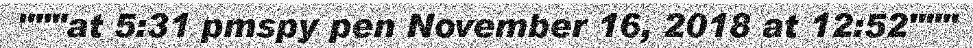
"""at 5:31 pmspy pen November 16, 2018 at 12:52"""